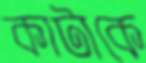
কাটাকে